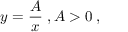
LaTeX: y = { \frac { A } { x } } \; , A > 0 \; ,